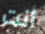
أنت